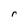
Character: r